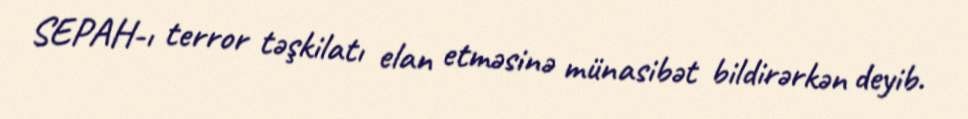
SEPAH-ı terror təşkilatı elan etməsinə münasibət bildirərkən deyib.